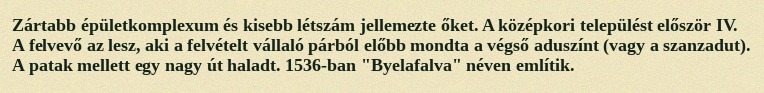
Zártabb épületkomplexum és kisebb létszám jellemezte őket. A középkori települést először IV. A felvevő az lesz, aki a felvételt vállaló párból előbb mondta a végső aduszínt (vagy a szanzadut). A patak mellett egy nagy út haladt. 1536-ban "Byelafalva" néven említik.